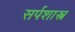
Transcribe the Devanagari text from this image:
सर्पशास्त्र